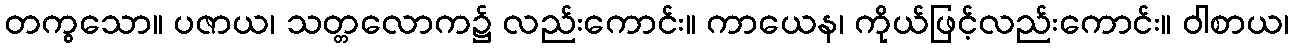
တကွသော။ ပဇာယ၊ သတ္တလောက၌ လည်းကောင်း။ ကာယေန၊ ကိုယ်ဖြင့်လည်းကောင်း။ ဝါစာယ၊